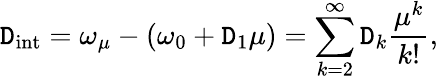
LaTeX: \mathtt{D}_{\mathrm{{int}}}=\omega_{\mu}-(\omega_{0}+\mathtt{D}_{1}\mu)=\sum_{k=2}^{\infty}\mathtt{D}_{k}\frac{{\mu^{k}}}{{k!}},